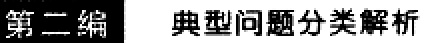
第二编 典型问题分类解析